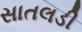
સાતલડી